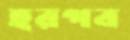
হরপব